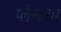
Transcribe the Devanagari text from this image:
प्लैन्टरम